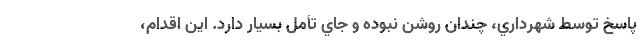
پاسخ توسط شهرداري، چندان روشن نبوده و جاي تأمل بسيار دارد. اين اقدام،